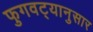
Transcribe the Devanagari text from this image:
फुगवट्यानुसार